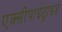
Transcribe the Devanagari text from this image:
एक्सीपाईट्राइड